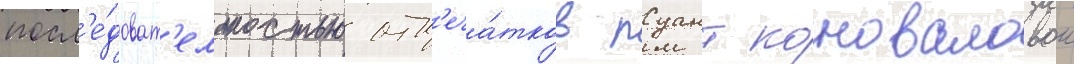
посл'е́доват'ельностью отп'еча́тков пуант коноваловои